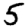
Digit: 5